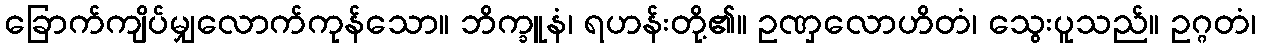
ခြောက်ကျိပ်မျှလောက်ကုန်သော။ ဘိက္ခူနံ၊ ရဟန်းတို့၏။ ဥဏှလောဟိတံ၊ သွေးပူသည်။ ဥဂ္ဂတံ၊